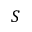
S